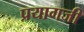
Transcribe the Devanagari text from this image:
प्रयागजी